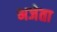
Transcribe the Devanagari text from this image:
भजेता